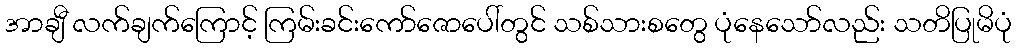
အာချီ လက်ချက်ကြောင့် ကြမ်းခင်းကော်ဇောပေါ်တွင် သစ်သားစတွေ ပုံနေသော်လည်း သတိပြုမိပုံ